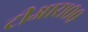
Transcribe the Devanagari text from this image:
टीआर१००